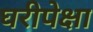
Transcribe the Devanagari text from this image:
घरीपेक्षा